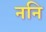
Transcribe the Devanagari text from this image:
ननि